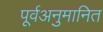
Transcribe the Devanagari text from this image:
पूर्वअनुमानित